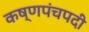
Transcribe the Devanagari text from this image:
कष्णपंचपदी